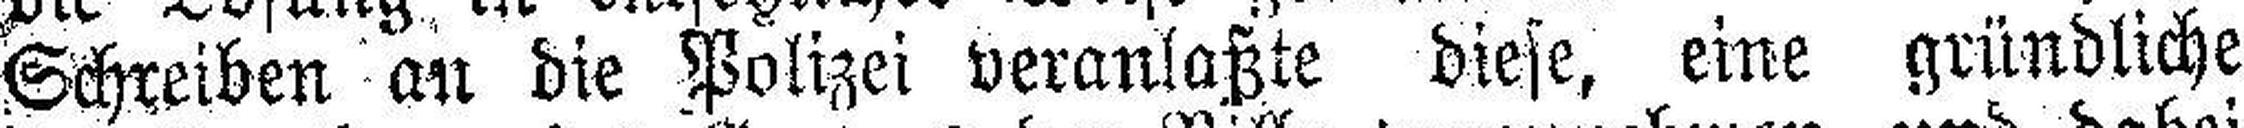
Schreiben an die Polizei veranlaßte diese, eine gründliche